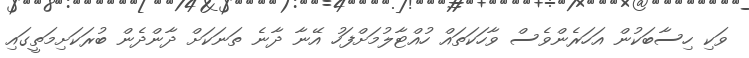
ވަކި ހިސާބަކުން އަހަރެންވެސް ވާހަކަތައް ހުއްޓާލުމަށްފަހު އޭނާ ދާނެ ތަނަކަށް ދާންދެން ބުރަކަށިމަތީގައި